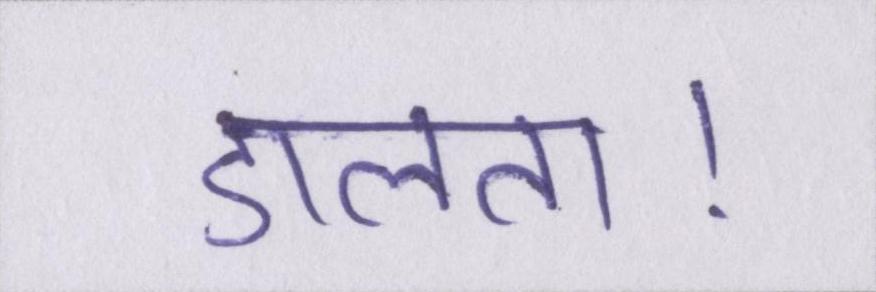
डालता।